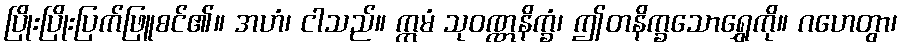
ပြိုးပြိုးပြက်ဖြူစင်၏။ အဟံ၊ ငါသည်။ ဣမံ သုဝဏ္ဏနိက္ခံ၊ ဤတနိက္ခသောရွှေကို။ ဂဟေတွာ၊